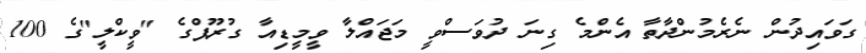
ގަވައިދުން ނެރެމުންދާތާ އެންމެ ގިނަ ދުވަސްވީ މަޖައްލާ ވީމީޑިއާ ގުރޫޕްގެ "ވީކްލީ"ގެ 100